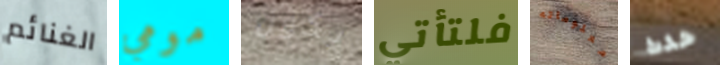
الغنائم مومي يكون فلتأتي معلوماته حدث